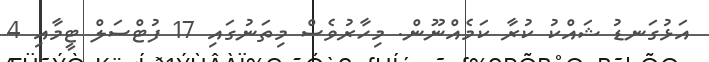
އަޅުގަނޑު ޝައްކު ކުރާ ކަމެއްނޫން. މިހާރުވެސް މިތަނުގައި 17 ފުޓްސަލް ޓީމާއި 4